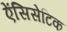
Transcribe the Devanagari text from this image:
ऐंसिसेटिक